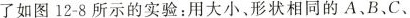
了如图12-8所示的实验：用大小。形状相同的A、B、C